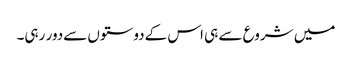
میں شروع سے ہی اس کےدوستوں سےدور رہی۔